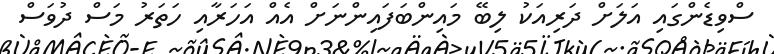
ސްވިޑެންގައި އަލަށް ދަރިއަކު ލިބޭ މައިންބަފައިންނަށް އެއް އަހަރާއި ހަތަރު މަސް ދުވަސް